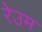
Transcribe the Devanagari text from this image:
रेउम